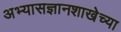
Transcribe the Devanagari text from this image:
अभ्यासज्ञानशाखेच्या